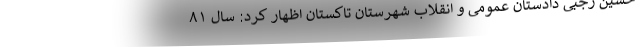
حسین رجبی دادستان عمومی و انقلاب شهرستان تاکستان اظهار کرد: سال ۸۱